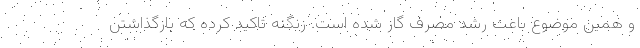
و همین موضوع باعث رشد مصرف گاز شده است. زنگنه تاکید کرده که بازگذاشتن